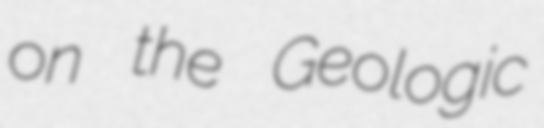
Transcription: on the Geologic